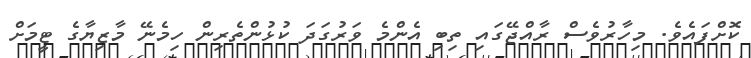
ކޮށްފައެވެ. މިހާރުވެސް ރާއްޖޭގައި ތިބި އެންމެ ވަރުގަދަ ކުޅުންތެރިން ހިމެނޭ މާޒިޔާގެ ޓީމަށް